Annual administration report of the Civil Veterinary Department, Sind - 1944-1945
Year: 1944
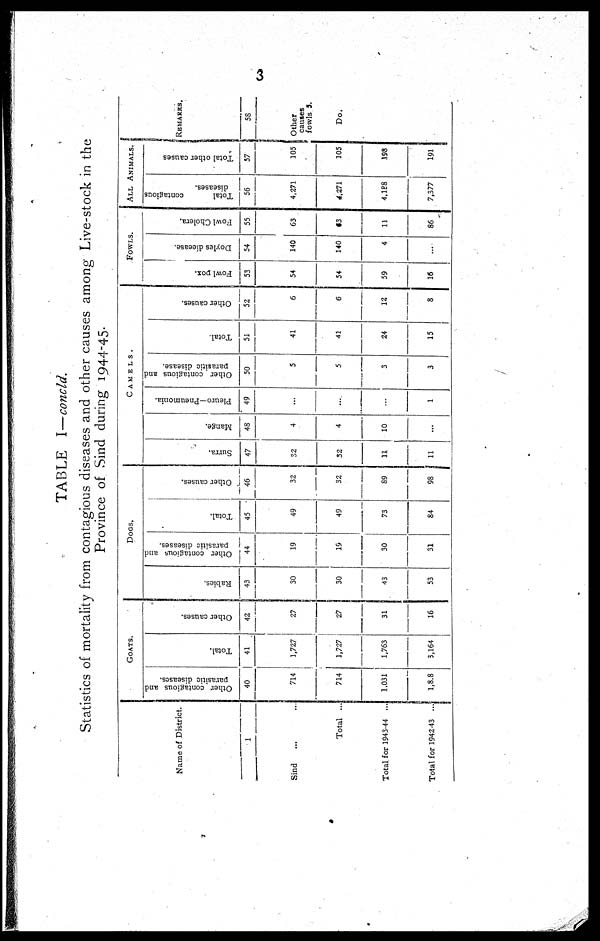
3
TABLE I—concld.
Statistics of mortality from contagious diseases and other causes among Live-stock in the
Province of Sind during 1944-45.
Name of District.
1
Sind ... ...
Total ...
Total for 1943-44 ...
Total for 1942-43 ...
GOATS.
Other contagious and
parasitic diseases.
40
714
714
1,031
1,8.8
Total.
41
1,727
1,727
1,763
3,164
Other causes.
42
27
27
31
16
DOGS.
Rabies.
43
30
30
43
53
Other contagious and
parasitic diseases.
44
19
19
30
31
Total.
45
49
49
73
84
Other causes.
46
32
32
89
98
CAMELS.
Surra.
47
32
32
11
11
Mange.
48
4
4
10
...
Pleuro—Pneumonia.
49
...
...
...
1
Other contagious and
parasitic disease.
50
5
5
3
3
Total.
51
41
41
24
15
Other causes.
52
6
6
12
8
FOWLS.
Fowl pox.
53
54
54
59
16
Doyles dieease.
54
140
140
4
...
Fowl Cholera.
55
63
63
11
86
ALL ANIMALS.
Total
contagious
diseases.
56
4.271
4,271
4.188
7,377
Total other causes
57
105
105
198
191
REMARKS.
58
Other
causes
fowls 3.
Do.
...
...